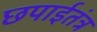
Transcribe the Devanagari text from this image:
छपाईतंत्र